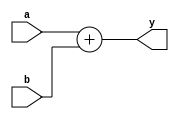
`timescale 1ns / 1ps
//////////////////////////////////////////////////////////////////////////////////
// Company: 
// Engineer: 
// 
// Design Name: 
// Module Name: adder
// Project Name: 
// Target Devices: 
// Tool Versions: 
// Description: 
// 
// Dependencies: 
// 
// Revision:
// Revision 0.01 - File Created
// Additional Comments:
// 
//////////////////////////////////////////////////////////////////////////////////

module adder(input   [31:0] a, b,
             output  [31:0] y);
     assign y = a + b;
endmodule